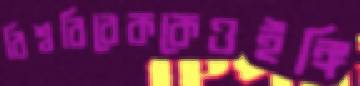
বিশ্ববিবেককেওইঙ্গি